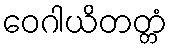
ဝေဂါယိတတ္တံ